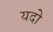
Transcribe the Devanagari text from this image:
यदो